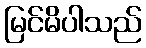
မြင်မိပါသည်